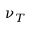
\nu _ { T }